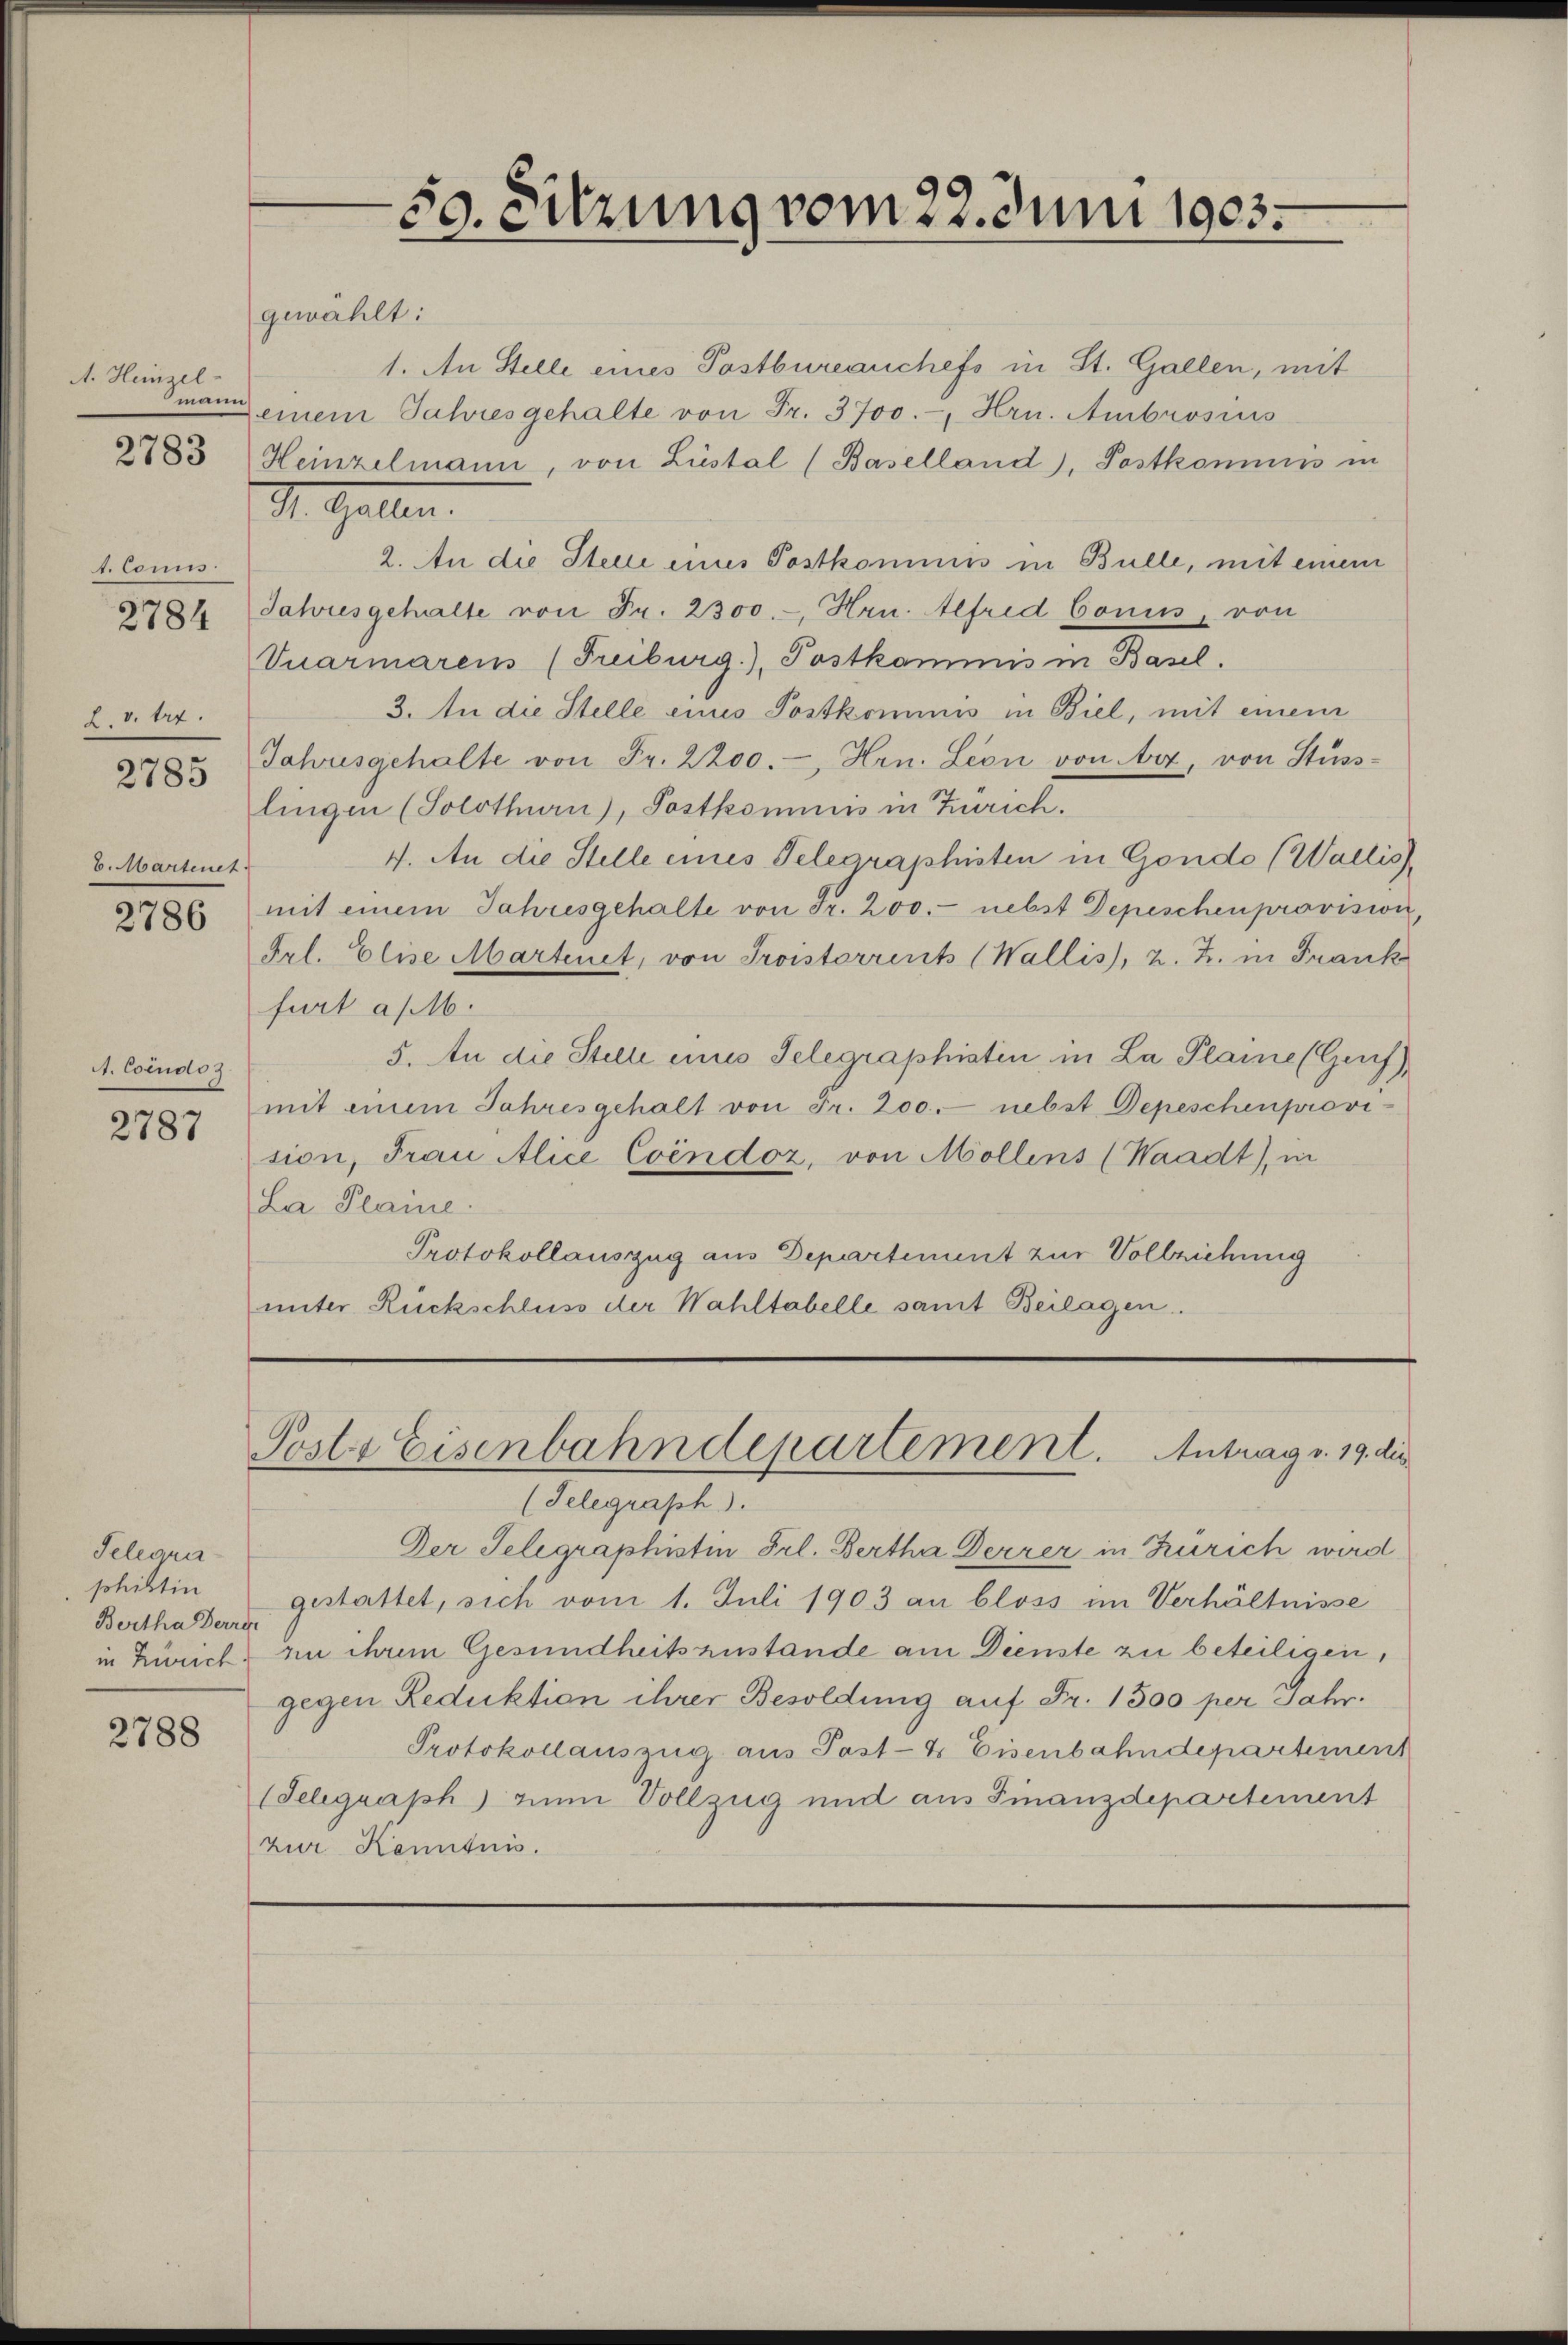
A. Heinzel
2783

t. Cons.
L. v. Art.
2785
6. Martenet.

2784

2786

1. Condo 3.

2787

Telegrasohibtin
Bertha Derren
in Zürich.

2788

gewählt:

1. An Stelle eines Postbureauchefs in St. Gallen, mit
mann einem Jahresgehalte von Fr. 3700.-, Hrn. Ambrosius
Heinzelmann, von Lüstal (Baselland), Postkommnis in
2. An die Steine eines Postkommiss in Bulle, mit einem
Jahresgehalte von Fr. 2300.-, Hrn. Alfred Conis, von
Vuarmaren (Freiburg), Postkommis in Basel.
3. An die Stelle eines Postkommnis in Biel, mit einem
Jahresgehalte von Fr. 2200.-, Hrn. Leon von Art, von Stüss-
lingen (Solothurn), Postkommis in Zürich.
4. An die Stelle eines Telegraphisten in Gondo (Wallis,
mit einem Jahresgehalte von Fr. 200.- nebst Depeschen proviswir
Frl. Elise Martenet, von Troisterrents (Wallis, 2. Z. in Frank
furt a/16.
5. An die Stelle eines Telegraphistin, in La Plaine (Genf),
mit einem Jahresgehalt von Fr. 200. nebst Depeschenprovi-
sion, Frau Alice Condoz, von Möllens (Waadt), in
La Plaine.
Protokollauszug aus Departement zur Vollziehung
unter Rückschluss der Wahltabelle samt Beilagen.

St. Gallen.

50. Sitzung vom 22. Juni 1903.

Postr Eisenbahndepartement. Antrag v. 19. die
(Telegraph).

Der Telegraphistin Frl. Bertha Derrer in Zürich wird
gestattet, sich vom 1. Juli 1903 an bloss im Verhältnisse
en chem Gesundheitszustande am Dienste zu beteiligen,
gegen Reduktion ihrer Besoldung auf Fr. 1300 per Jahr.
Protokollauszug aus Post- & Eisenbahndepartiment
(Telegraph) zum Vollzug und aus Finanzdepartement
zur Kenntnis.